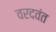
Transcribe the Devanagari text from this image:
वरदवंत